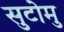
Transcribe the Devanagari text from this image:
सुटोमु